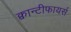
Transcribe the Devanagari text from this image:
क्वान्टीफायर्स